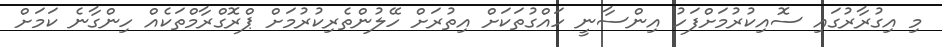
މި އިގުރާރުގައި ސޮއިކުރުމަށްފަހު އިންސާނީ ހައްގުތަކަށް އިތުރަށް ހޭލުންތެރިކުރުމަށް ޕްރޮގްރާމްތަކެއް ހިންގާނެ ކަމަށް